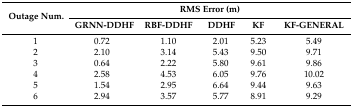
<table><thead><tr><td rowspan="2"><b>Outage Num.</b></td><td colspan="5"><b>RMS Error (m)</b></td></tr><tr><td><b>GRNN-DDHF</b></td><td><b>RBF-DDHF</b></td><td><b>DDHF</b></td><td><b>KF</b></td><td><b>KF-GENERAL</b></td></tr></thead><tbody><tr><td>1</td><td>0.72</td><td>1.10</td><td>2.01</td><td>5.23</td><td>5.49</td></tr><tr><td>2</td><td>2.10</td><td>3.14</td><td>5.43</td><td>9.50</td><td>9.71</td></tr><tr><td>3</td><td>0.64</td><td>2.22</td><td>5.80</td><td>9.61</td><td>9.86</td></tr><tr><td>4</td><td>2.58</td><td>4.53</td><td>6.05</td><td>9.76</td><td>10.02</td></tr><tr><td>5</td><td>1.54</td><td>2.95</td><td>6.64</td><td>9.44</td><td>9.63</td></tr><tr><td>6</td><td>2.94</td><td>3.57</td><td>5.77</td><td>8.91</td><td>9.29</td></tr></tbody></table>